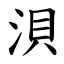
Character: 浿